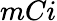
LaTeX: mCi